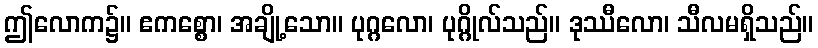
ဤလောက၌။ ဧကစ္စော၊ အချို့သော။ ပုဂ္ဂလော၊ ပုဂ္ဂိုလ်သည်။ ဒုဿီလော၊ သီလမရှိသည်။